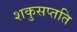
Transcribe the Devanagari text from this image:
शकुसप्तति